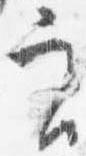
実